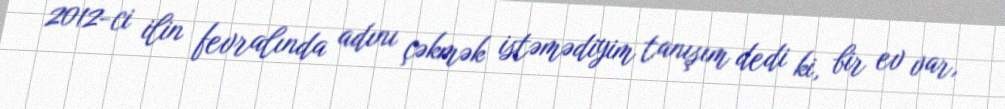
2012-ci ilin fevralında adını çəkmək istəmədiyim tanışım dedi ki, bir ev var,